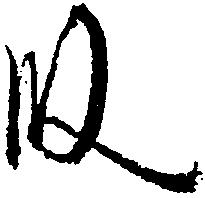
段